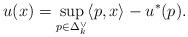
LaTeX: \begin{align*}u(x)= \sup_{p\in \Delta^\vee_k } \langle p, x\rangle - u^*(p).\end{align*}